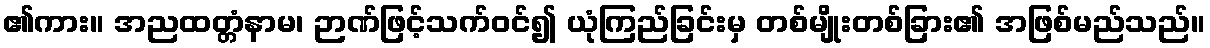
၏ကား။ အညထတ္တံနာမ၊ ဉာဏ်ဖြင့်သက်ဝင်၍ ယုံကြည်ခြင်းမှ တစ်မျိုးတစ်ခြား၏ အဖြစ်မည်သည်။